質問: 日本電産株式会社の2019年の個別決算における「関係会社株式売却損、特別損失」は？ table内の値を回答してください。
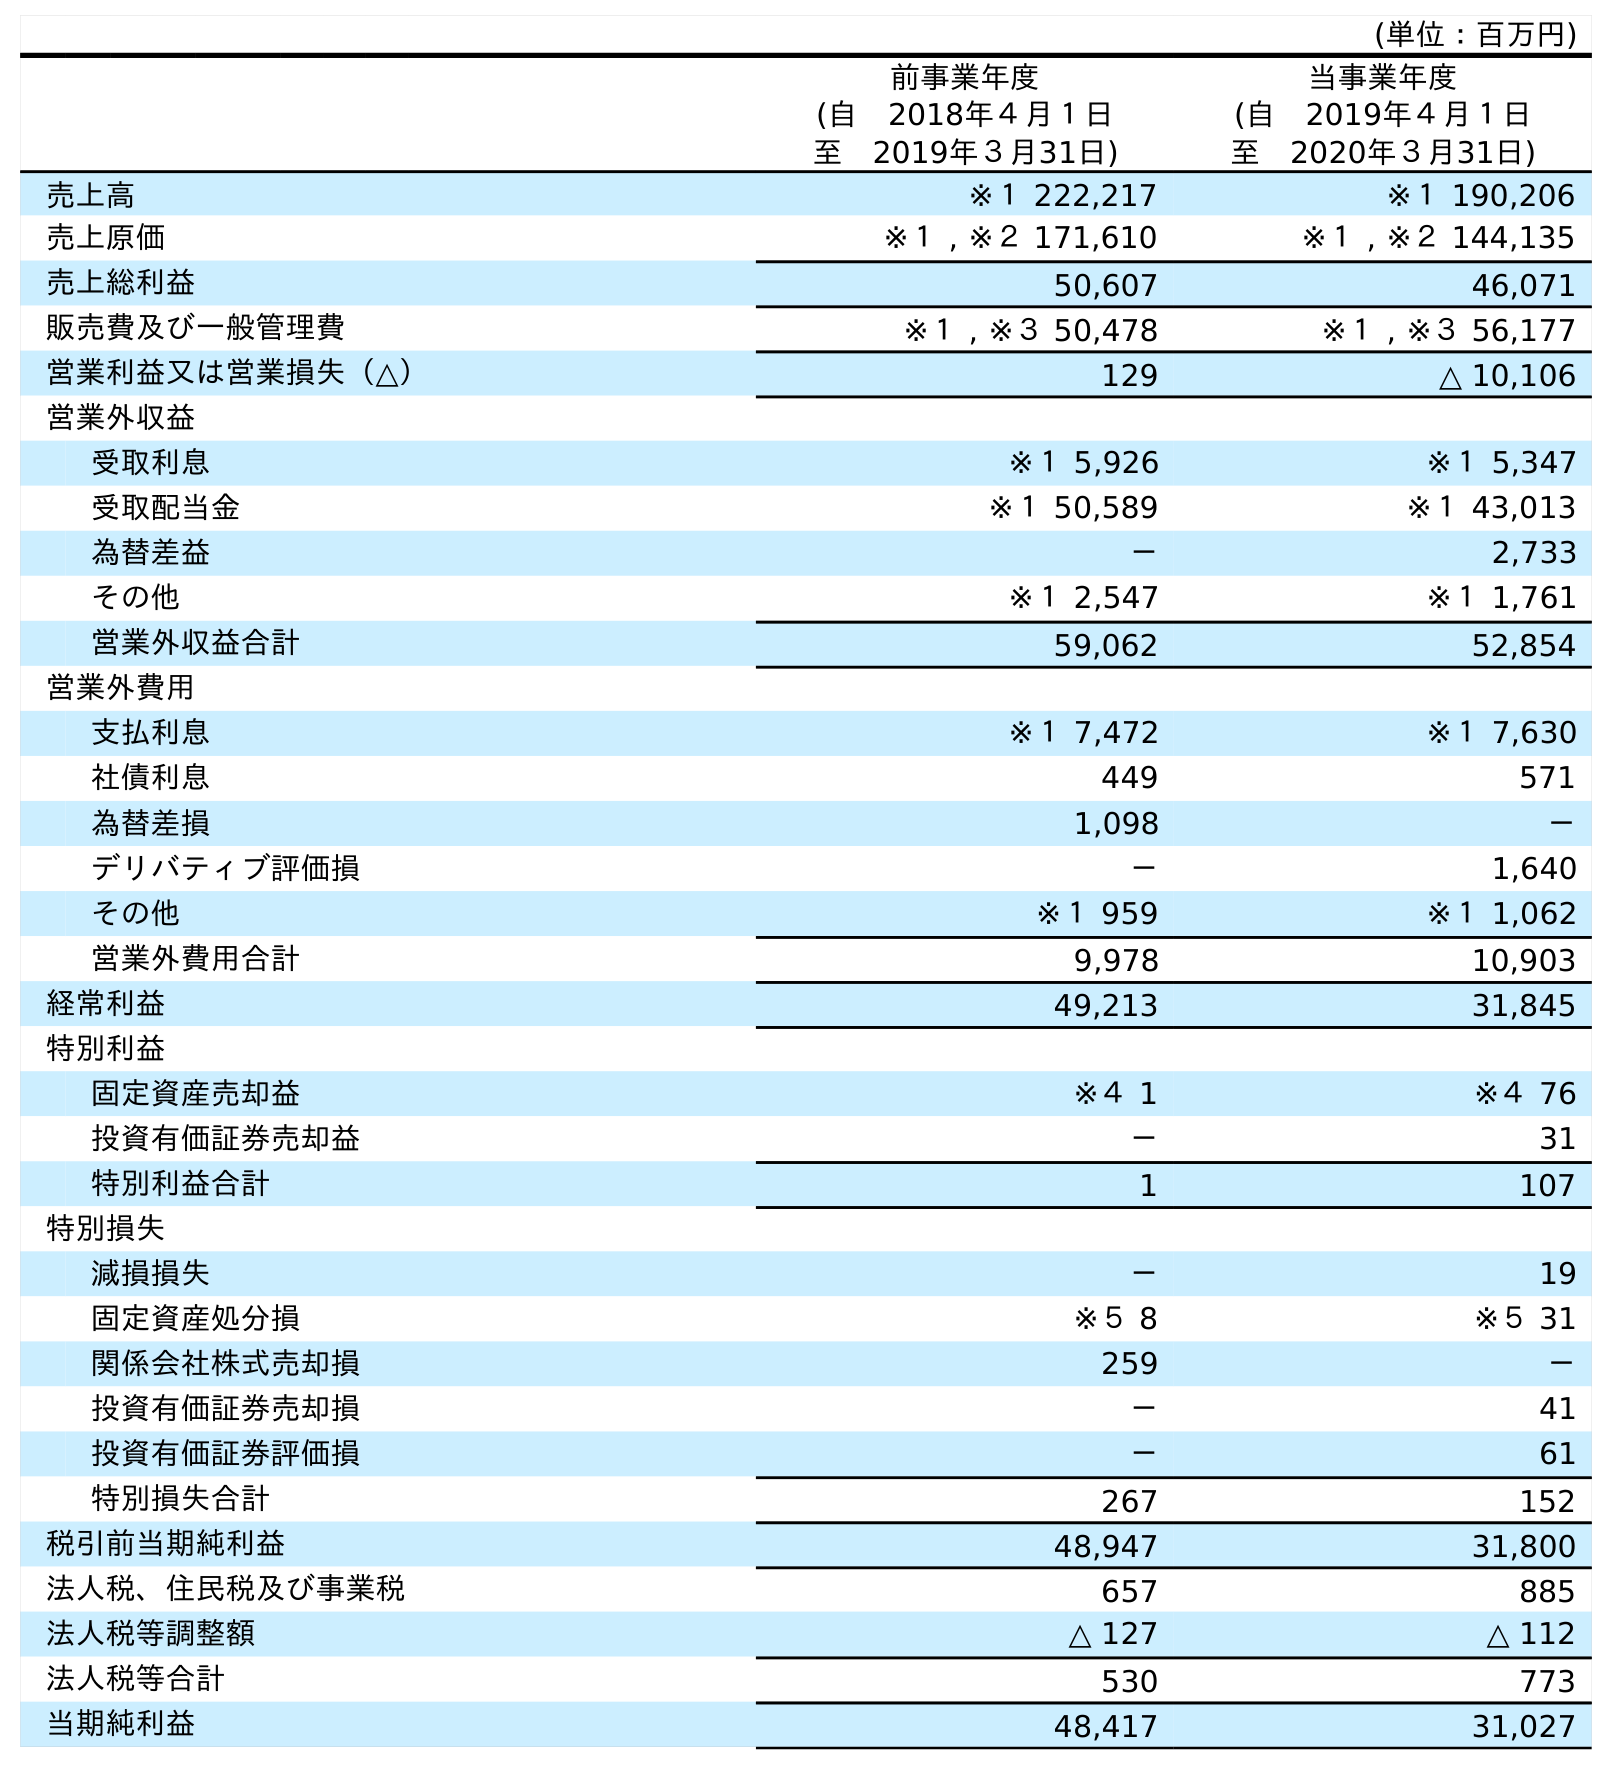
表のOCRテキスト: (単位：百万円) 前事業年度 (自 2018年４月１日 至 2019年３月31日) 当事業年度 (自 2019年４月１日 至 2020年３月31日) 売上高 ※１ 222,217 ※１ 190,206 売上原価 ※１ , ※２ 171,610 ※１ , ※２ 144,135 売上総利益 50,607 46,071 販売費及び一般管理費 ※１ , ※３ 50,478 ※１ , ※３ 56,177 営業利益又は営業損失（△） 129 △ 10,106 営業外収益 受取利息 ※１ 5,926 ※１ 5,347 受取配当金 ※１ 50,589 ※１ 43,013 為替差益 － 2,733 その他 ※１ 2,547 ※１ 1,761 営業外収益合計 59,062 52,854 営業外費用 支払利息 ※１ 7,472 ※１ 7,630 社債利息 449 571 為替差損 1,098 － デリバティブ評価損 － 1,640 その他 ※１ 959 ※１ 1,062 営業外費用合計 9,978 10,903 経常利益 49,213 31,845 特別利益 固定資産売却益 ※４ 1 ※４ 76 投資有価証券売却益 － 31 特別利益合計 1 107 特別損失 減損損失 － 19 固定資産処分損 ※５ 8 ※５ 31 関係会社株式売却損 259 － 投資有価証券売却損 － 41 投資有価証券評価損 － 61 特別損失合計 267 152 税引前当期純利益 48,947 31,800 法人税、住民税及び事業税 657 885 法人税等調整額 △ 127 △ 112 法人税等合計 530 773 当期純利益 48,417 31,027
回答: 259